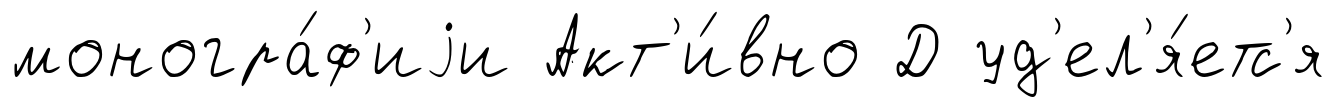
моногра́ф'иjи Акт'и́вно Д уд'ел'я́етс'я